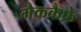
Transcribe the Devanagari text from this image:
मैककैफ्रे